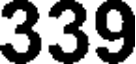
339